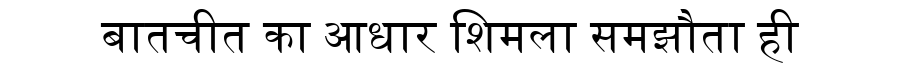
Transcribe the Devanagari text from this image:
बातचीत का आधार शिमला समझौता ही